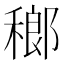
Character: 𱶞